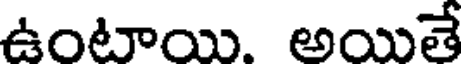
ఉంటాయి. అయితే